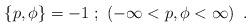
LaTeX: \begin{align*}\left\{ p,\phi\right\}=-1\ ;\ \left(-\infty<p,\phi<\infty\right)\ .\end{align*}